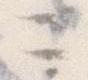
ニ